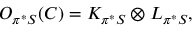
{ \cal O } _ { \pi ^ { * } { \cal S } } ( C ) = K _ { \pi ^ { * } { \cal S } } \otimes L _ { \pi ^ { * } { \cal { S } } } ,